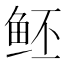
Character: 𱇝